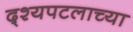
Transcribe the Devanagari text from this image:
द्श्यपटलाच्या